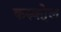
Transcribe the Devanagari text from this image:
करुको्ल